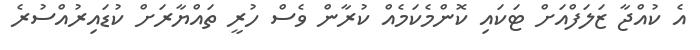
އެ ކުއްޖާ ޒަލަފްއަށް ޓަކައި ކޮންމެކަމެއް ކުރާން ވެސް ހުރީ ތައްޔާރަށް ކުޑައިރުއްސުރެ